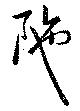
陀